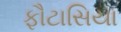
ફૌટાસિયા